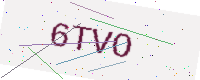
Text: 6TVO